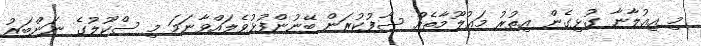
މި އިޢުލާނާ ގުޅިގެން އިތުރު މަޢުލޫމާތެއް ސާފުކުރަން ބޭނުންފުޅުވެލައްވާނަމަ މި ސްކޫލުގެ ނަންބަރު